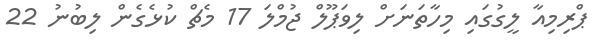
ޕްރިމިއާ ލީގުގައި މިހާތަނަށް ލިވަޕޫލް ޖުމްލަ 17 މެޗް ކުޅެގެން ލިބުނު 22